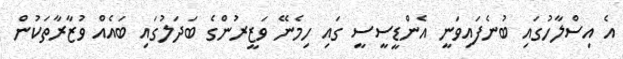
އެ އިސްލާހުގައި ބުނެފައިވަނީ އެންޑީސީސީ ގައި ހިމެނޭ ވަޒީރުންގެ ބަދަލުގައި ބައެއް ވުޒާރާތަކުން